Annual report of the Punjab Veterinary College and of the Civil Veterinary Department, Punjab - 1920-1925
Year: 1920
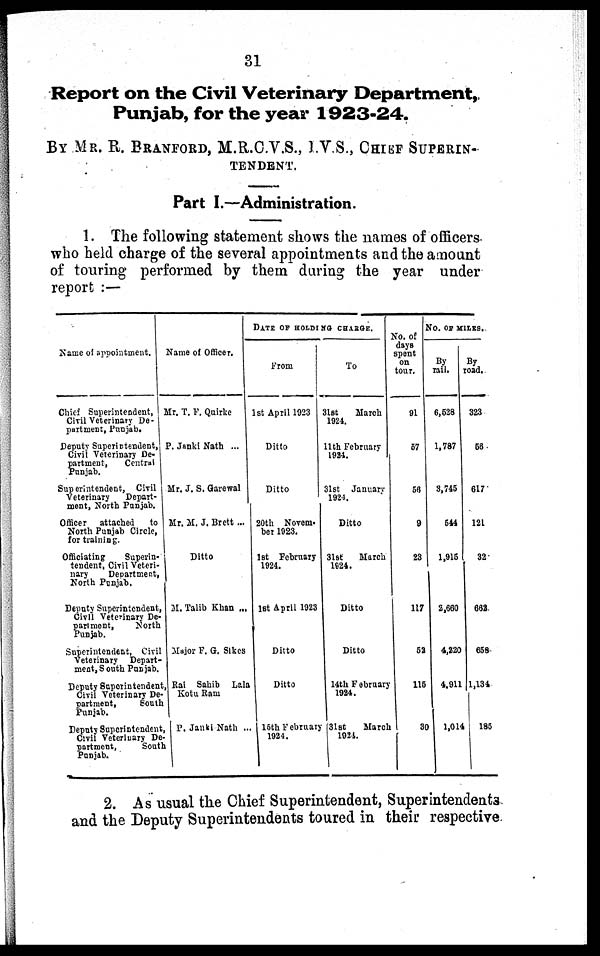
31
Report on the Civil Veterinary Department,
Punjab, for the year 1923-24.
BY MR. E. BRANFORD, M.R.C.V.S., I.V.S., CHIEF SUPERIN-
TENDENT.
Part I.—Administration.
1. The following statement shows the names of officers
who held charge of the several appointments and the amount
of touring performed by them during the year under
report :—
Name of appointment.
Chief Superintendent,
Civil Veterinary De-
partment, Punjab.
Deputy Superintendent,
Civil Veterinary De-
partment,
Central
Punjab.
Superintendent, Civil
Veterinary
Depart-
ment, North Punjab.
Officer
attached
to
North Punjab Circle,
for training.
Officiating
Superin-
tendent, Civil Veteri-
nary
Department,
North Punjab.
Deputy Superintendent,
Civil Veterinary De-
partment,
North
Punjab.
Superintendent, Civil
Veterinary Depart-
ment, South Punjab.
Deputy Superintendent,
Civil Veterinary De-
partment,
South
Punjab.
Deputy Superintendent
Civil Veterinary De-
partment,
South
Punjab.
Name of Officer.
Mr. T. F. Quirke
P. Janki Nath ...
Mr. J. S. Garewal
Mr. M. J. Brett ...
Ditto
M. Talib Khan ...
Major F. G. Sikes
Rai
Sahib Lala
Kotu Ram
P. Janki Nath ..
DATE OF HOLDING CHARGE.
From
1st April 1923
Ditto
Ditto
20th Novem-
ber 1923.
1st February
1924.
1st April 1923
Ditto
Ditto
15th February
1924.
To
31st
March
1924.
11th February
1924.
31st January
1924.
Ditto
31st
March
1924.
Ditto
Ditto
14th February
1924.
31st
March
1924.
I
NO. OF MILES.
No. of
days
spent
on
tour.
91
57
56
9
23
117
52
115
30
By
rail.
6,528
1,787
3,745
544
1,915
2,660
4,220
4.911
1,014
road,
323
56
617
121
32
662
658
1,134
185
2. As usual the Chief Superintendent, Superintendents
and the Deputy Superintendents toured in their respective